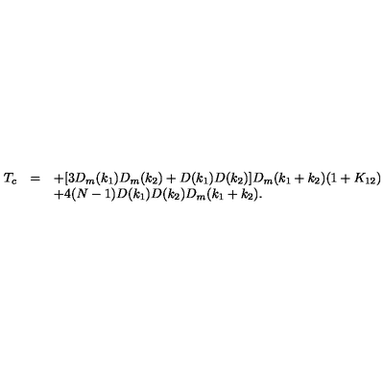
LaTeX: \begin{array} { r c l } { T _ { c } } & { = } & { \displaystyle + [ 3 D _ { m } ( k _ { 1 } ) D _ { m } ( k _ { 2 } ) + D ( k _ { 1 } ) D ( k _ { 2 } ) ] D _ { m } ( k _ { 1 } + k _ { 2 } ) ( 1 + K _ { 1 2 } ) } \\ { } & { } & { \displaystyle + 4 ( N - 1 ) D ( k _ { 1 } ) D ( k _ { 2 } ) D _ { m } ( k _ { 1 } + k _ { 2 } ) . } \\ \end{array}